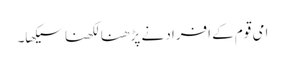
امی قوم کے افراد نے پڑھنا لکھنا سیکھا۔